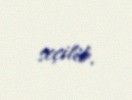
seçilib.